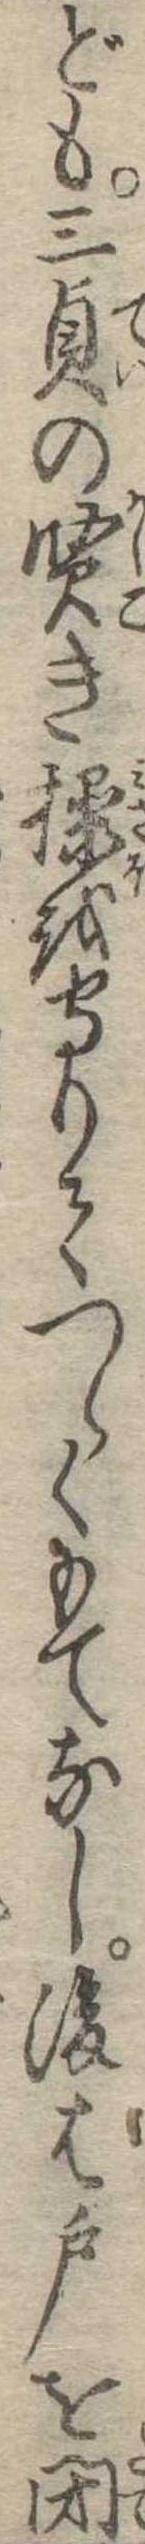
ども三貞の賢き操を守りてつらくもてなし後は戸を閉